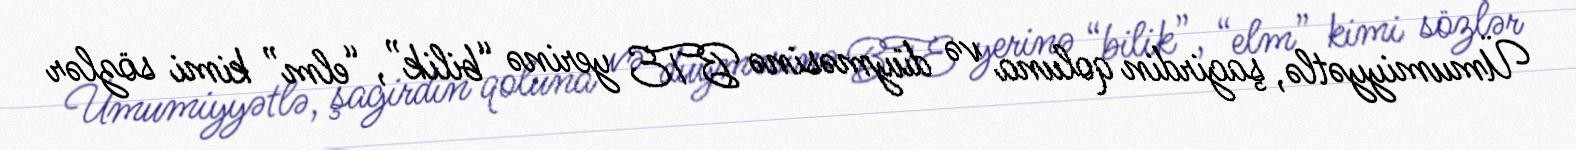
Ümumiyyətlə, şagirdin qoluna və düyməsinə BTE yerinə “bilik”, “elm” kimi sözlər